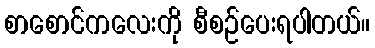
စာစောင်ကလေးကို စီစဉ်ပေးရပါတယ်။